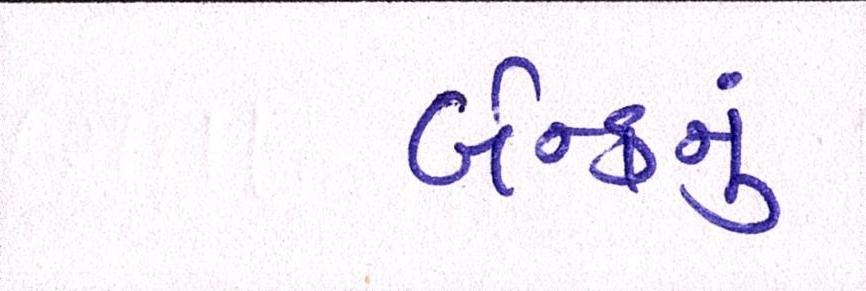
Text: બેન્કનું